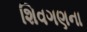
શિવગણના